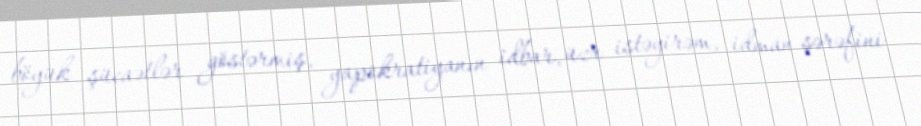
böyük şücaətlər göstərmiş, yapokratiyanın idbar, üzr istəyirəm, idman şərəfini